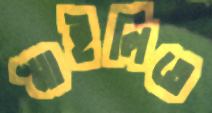
স্মাইলিতে